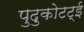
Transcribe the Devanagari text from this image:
पुदुकोटट्ई